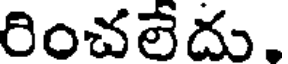
రించలేదు.